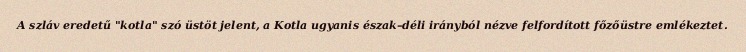
A szláv eredetű "kotla" szó üstöt jelent, a Kotla ugyanis észak–déli irányból nézve felfordított főzőüstre emlékeztet.